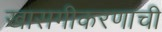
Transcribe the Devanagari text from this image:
खासगीकरणाची